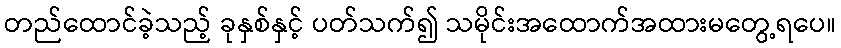
တည်ထောင်ခဲ့သည့် ခုနှစ်နှင့် ပတ်သက်၍ သမိုင်းအထောက်အထားမတွေ့ရပေ။